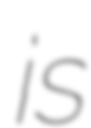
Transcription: is